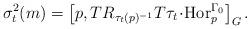
LaTeX: \begin{align*}\sigma_t^2(m)=\left[p,TR_{\tau_t(p)^{-1}}T\tau_t\!\cdot\!\operatorname{Hor}_p^{\Gamma_0}\right]_G.\end{align*}